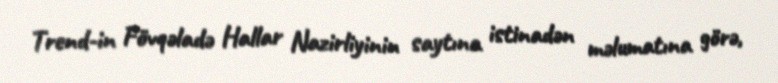
Trend-in Fövqəladə Hallar Nazirliyinin saytına istinadən məlumatına görə,